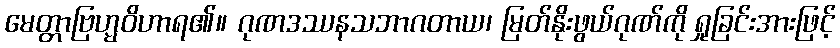
မေတ္တာဗြဟ္မဝိဟာရ၏။ ဂုဏဒဿနသဘာဂတာယ၊ မြတ်နိုးဖွယ်ဂုဏ်ကို ရှုခြင်းအားဖြင့်